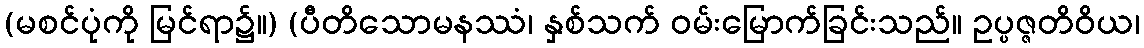
(မစင်ပုံကို မြင်ရာ၌။) (ပီတိသောမနဿံ၊ နှစ်သက် ဝမ်းမြောက်ခြင်းသည်။ ဥပ္ပဇ္ဇတိဝိယ၊